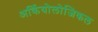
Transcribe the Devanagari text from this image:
अर्कियोलोजिकल